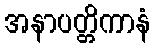
အနာပတ္တိကာနံ